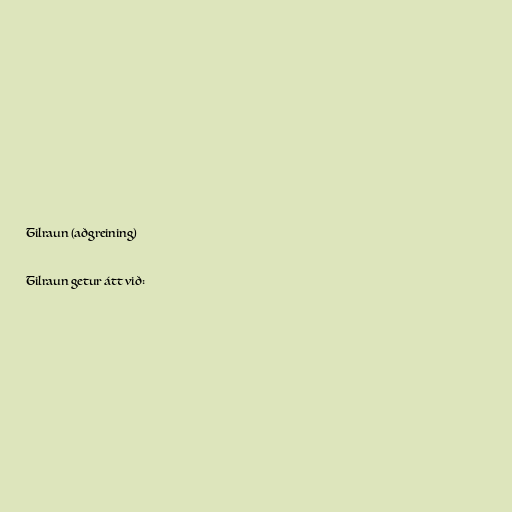
Tilraun (aðgreining)

Tilraun getur átt við: